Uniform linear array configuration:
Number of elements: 32
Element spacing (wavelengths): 0.75
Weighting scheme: uniform
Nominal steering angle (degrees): -45
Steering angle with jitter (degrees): -46.184
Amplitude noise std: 0.05
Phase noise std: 0.05

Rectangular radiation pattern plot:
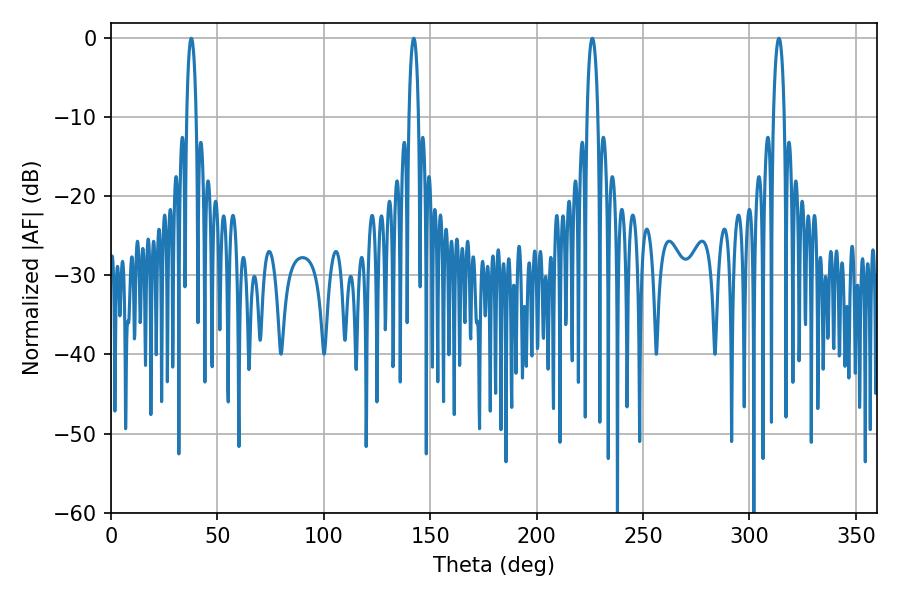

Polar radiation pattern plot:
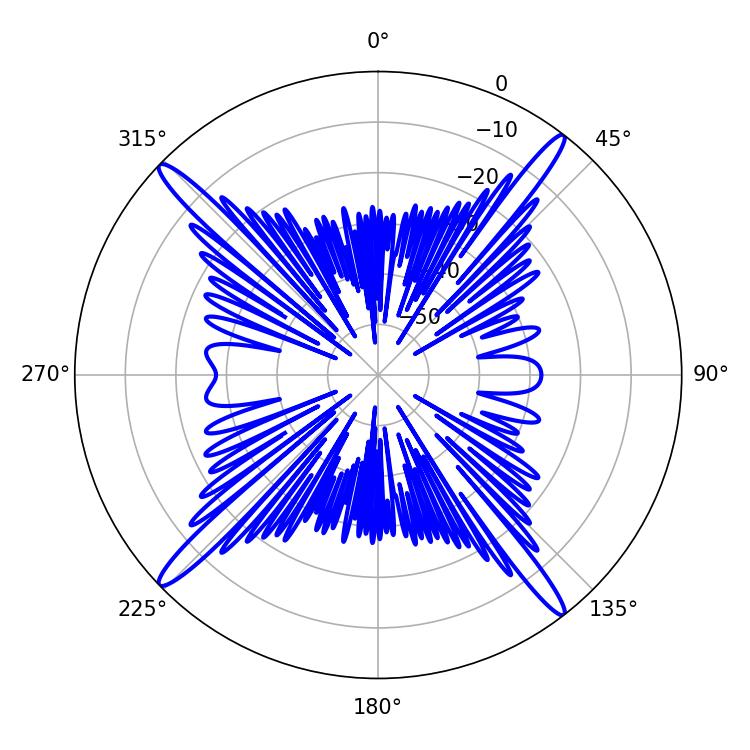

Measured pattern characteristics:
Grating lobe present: TRUE
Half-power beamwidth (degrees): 2.52
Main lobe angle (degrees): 142.2